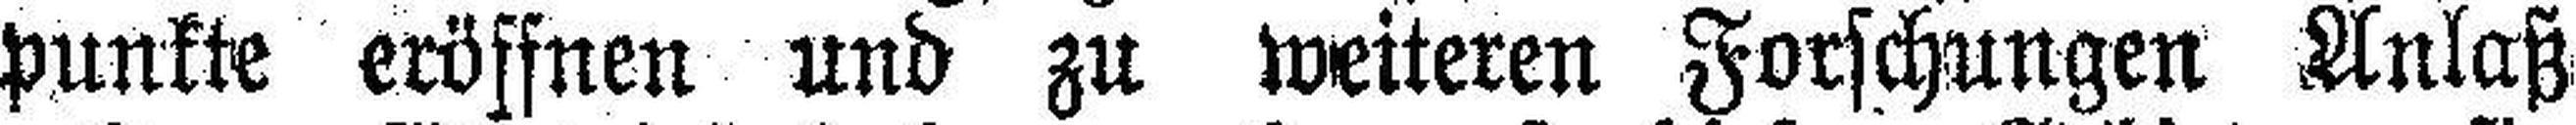
punkte eröffnen und zu weiteren Forschungen Anlaß